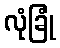
လုံခြုံ